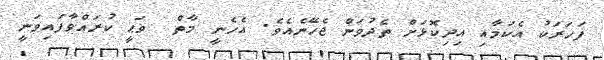
ފަހަރަކު އެކަމާއި އިދިކޮޅަށް ތެދުވަން ޖެހޭނެއެވެ. އެހެނީ މާތް  ޥަޙީ ކުރައްވާފައިވަނީ